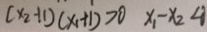
( x _ { 2 } + 1 ) ( x _ { 1 } + 1 ) > 0 x _ { 1 } - x _ { 2 } < 0